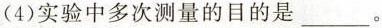
(4)实验中多次测量的目的是___。